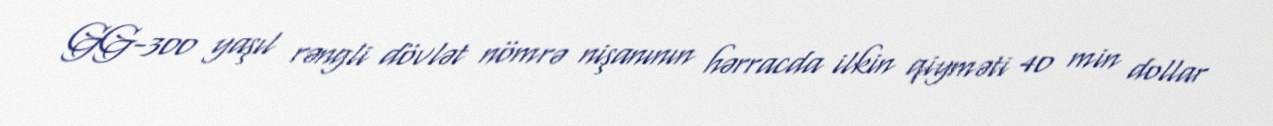
GG-300 yaşıl rəngli dövlət nömrə nişanının hərracda ilkin qiyməti 40 min dollar